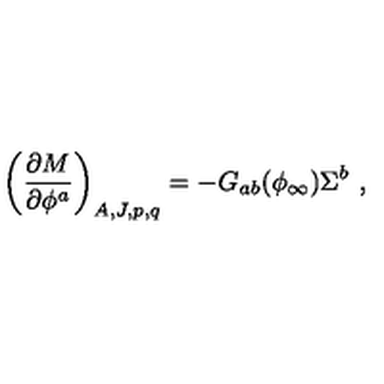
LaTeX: \left( { \frac { \partial M } { \partial \phi ^ { a } } } \right) _ { A , J , p , q } = - G _ { a b } ( \phi _ { \infty } ) \Sigma ^ { b } \ ,